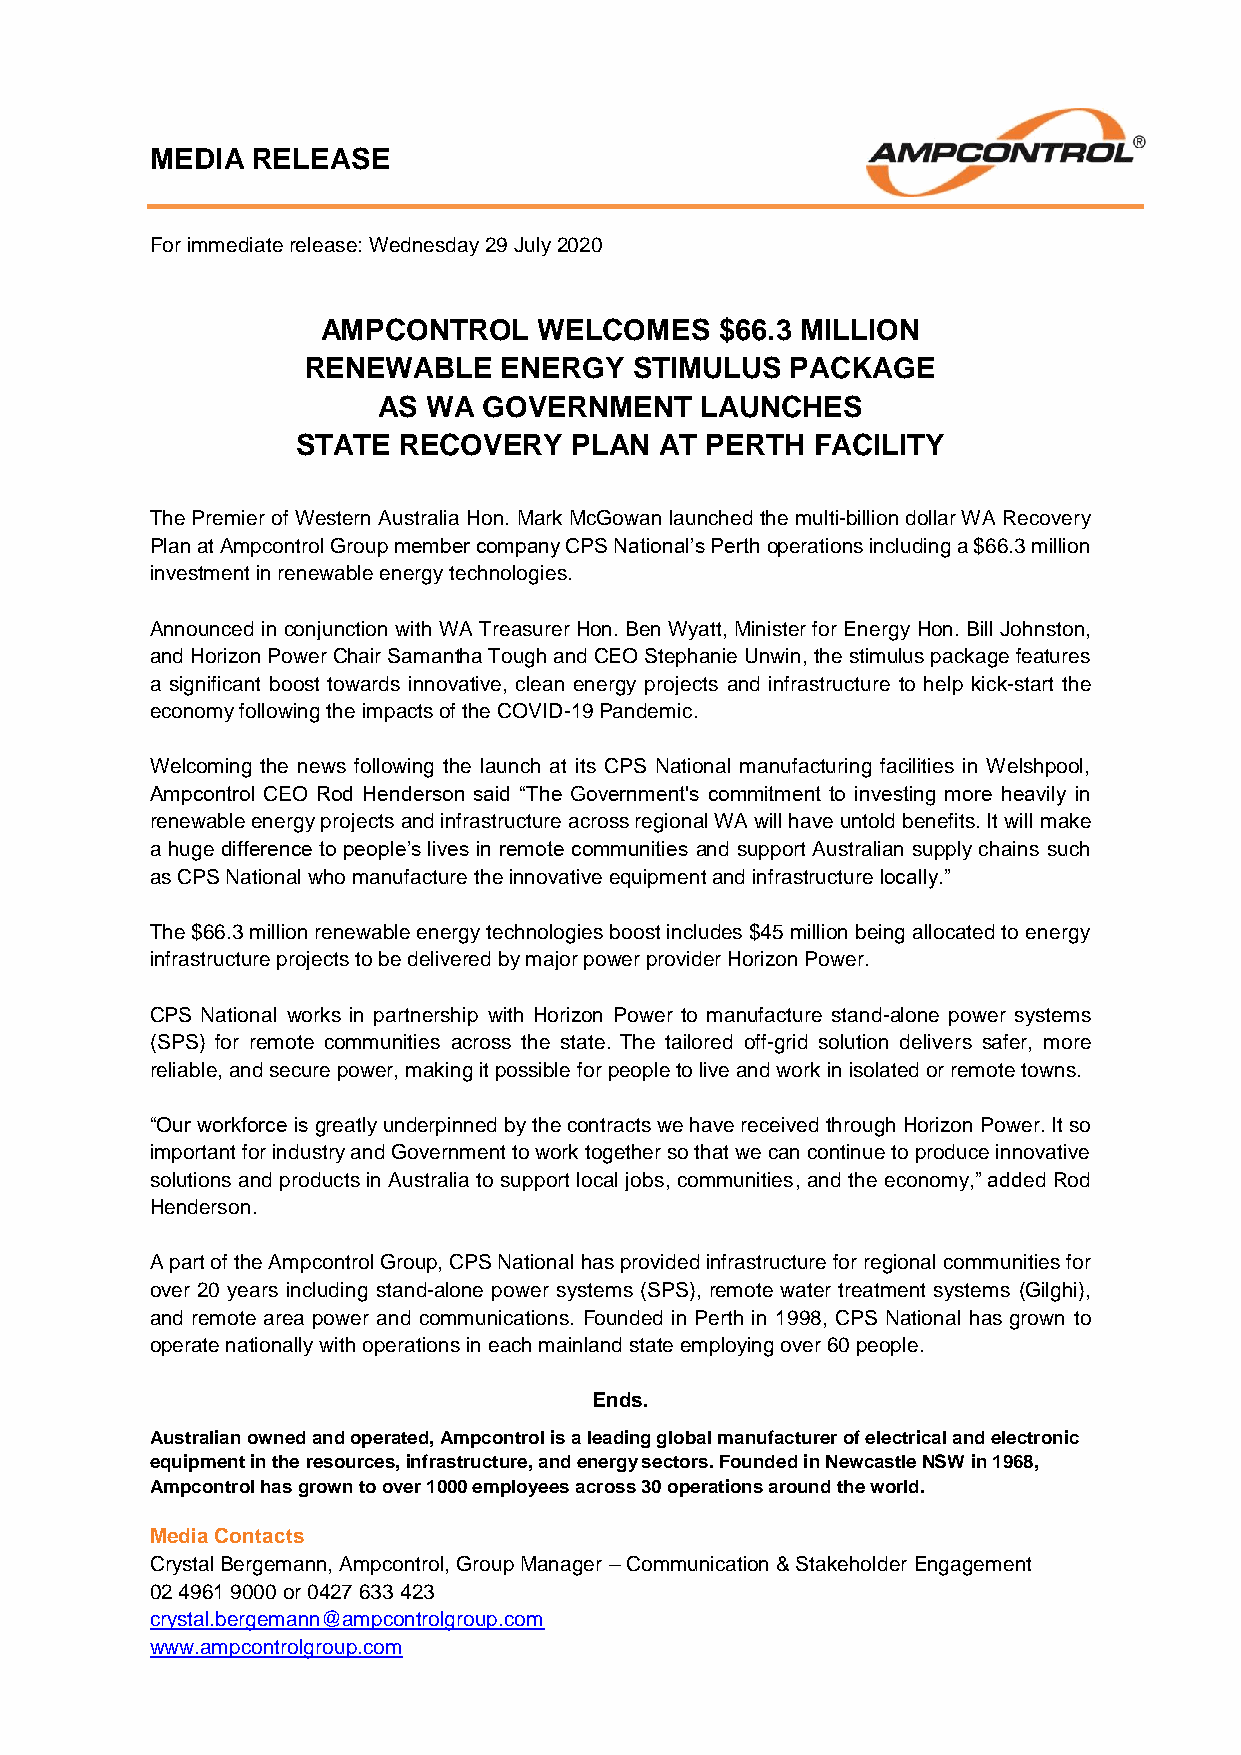
MEDIA  RELEASE
 For immediate release: Wednesday 29 July 2020
 AMPCONTROL     WELCOMES    $66.3 MILLION
 RENEWABLE    ENERGY   STIMULUS  PACKAGE
 AS WA  GOVERNMENT    LAUNCHES
 STATE RECOVERY    PLAN  AT PERTH  FACILITY
 The Premier of Western Australia Hon. Mark McGowan launched the multi-billion dollar WA Recovery
 Plan at Ampcontrol Group member company CPS National’s Perth operations including a $66.3 million
 investment in renewable energy technologies.
 Announced in conjunction with WA Treasurer Hon. Ben Wyatt, Minister for Energy Hon. Bill Johnston,
 and Horizon Power Chair Samantha Tough and CEO Stephanie Unwin, the stimulus package features
 a significant boost towards innovative, clean energy projects and infrastructure to help kick-start the
 economy following the impacts of the COVID-19 Pandemic.
 Welcoming the news following the launch at its CPS National manufacturing facilities in Welshpool,
 Ampcontrol CEO Rod Henderson said “The Government's commitment to investing more heavily in
 renewable energy projects and infrastructure across regional WA will have untold benefits. It will make
 a huge difference to people’s lives in remote communities and support Australian supply chains such
 as CPS National who manufacture the innovative equipment and infrastructure locally.”
 The $66.3 million renewable energy technologies boost includes $45 million being allocated to energy
 infrastructure projects to be delivered by major power provider Horizon Power.
 CPS National works in partnership with Horizon Power to manufacture stand-alone power systems
 (SPS) for remote communities across the state. The tailored off-grid solution delivers safer, more
 reliable, and secure power, making it possible for people to live and work in isolated or remote towns.
 “Our workforce is greatly underpinned by the contracts we have received through Horizon Power. It so
 important for industry and Government to work together so that we can continue to produce innovative
 solutions and products in Australia to support local jobs, communities, and the economy,” added Rod
 Henderson.
 A part of the Ampcontrol Group, CPS National has provided infrastructure for regional communities for
 over 20 years including stand-alone power systems (SPS), remote water treatment systems (Gilghi),
 and remote area power and communications. Founded in Perth in 1998, CPS National has grown to
 operate nationally with operations in each mainland state employing over 60 people.
 Ends.
 Australian owned and operated, Ampcontrol is a leading global manufacturer of electrical and electronic
 equipment in the resources, infrastructure, and energy sectors. Founded in Newcastle NSW in 1968,
 Ampcontrol has grown to over 1000 employees across 30 operations around the world.
 Media Contacts
 Crystal Bergemann, Ampcontrol, Group Manager – Communication & Stakeholder Engagement
 02 4961 9000 or 0427 633 423
 crystal.bergemann@ampcontrolgroup.com
 www.ampcontrolgroup.com